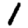
Digit: 1